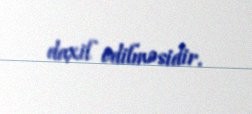
daxil edilməsidir.